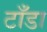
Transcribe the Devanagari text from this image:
टाँडा